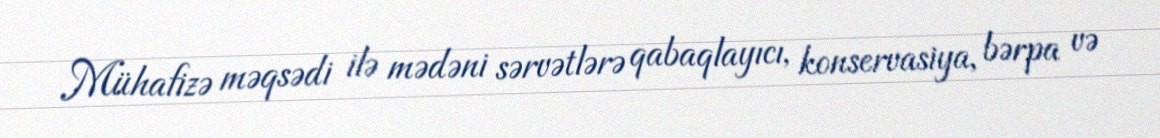
Mühafizə məqsədi ilə mədəni sərvətlərə qabaqlayıcı, konservasiya, bərpa və